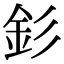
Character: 釤